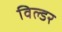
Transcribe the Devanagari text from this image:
विल्डर